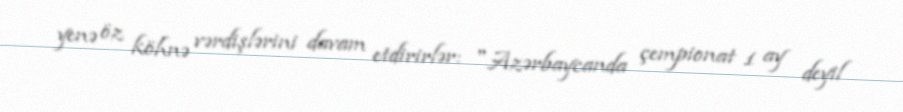
yenə öz köhnə vərdişlərini davam etdirirlər: "Azərbaycanda çempionat 1 ay deyil